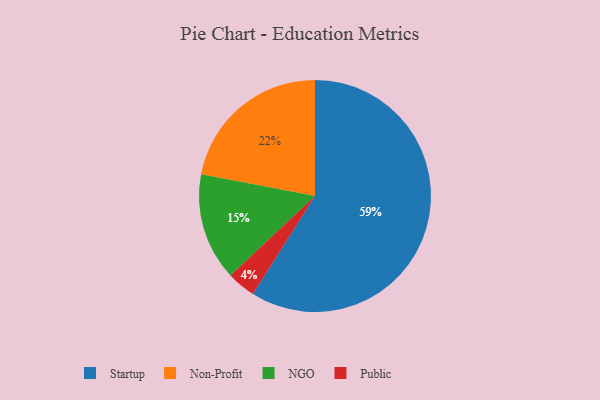
{"axis": {"x": "Category", "y": "Percentage"}, "legend": ["NGO", "Non-Profit", "Public", "Startup"], "data": [{"x": "Public", "y": 4, "type": "Public"}, {"x": "Non-Profit", "y": 22, "type": "Non-Profit"}, {"x": "NGO", "y": 15, "type": "NGO"}, {"x": "Startup", "y": 59, "type": "Startup"}]}